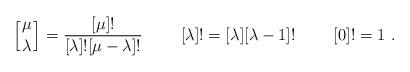
LaTeX: \begin{align*}\left[{\mu\atop \lambda}\right]={[\mu]!\over[\lambda]![\mu-\lambda]!}\ \qquad [\lambda]!=[\lambda][\lambda-1]! \ \qquad[0]!=1 \ . \end{align*}